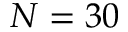
N = 3 0